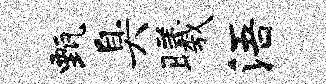
甄臭曦浯